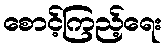
စောင့်ကြည့်ရေး